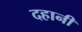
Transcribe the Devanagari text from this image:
दहानी